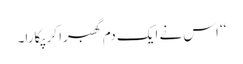
‘‘ اس نے ایک دم گھبرا کر پکارا۔